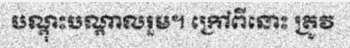
បណ្តុះបណ្តាលរួម។ ក្រៅពីនោះ ត្រូវ